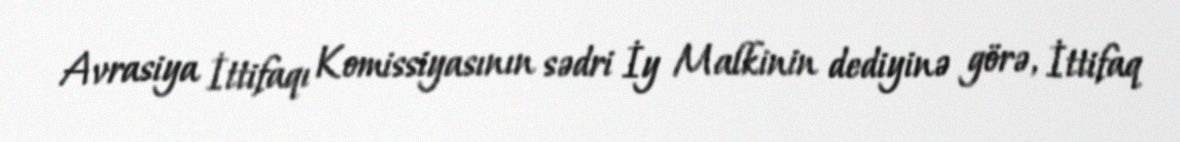
Avrasiya İttifaqı Komissiyasının sədri İy Malkinin dediyinə görə, İttifaq